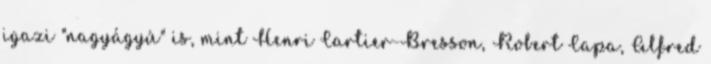
igazi "nagyágyú" is, mint Henri Cartier-Bresson, Robert Capa, Alfred